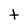
Character: t